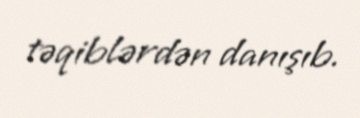
təqiblərdən danışıb.